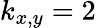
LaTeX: k_{x,y}=2